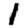
Digit: 1